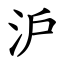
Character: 沪